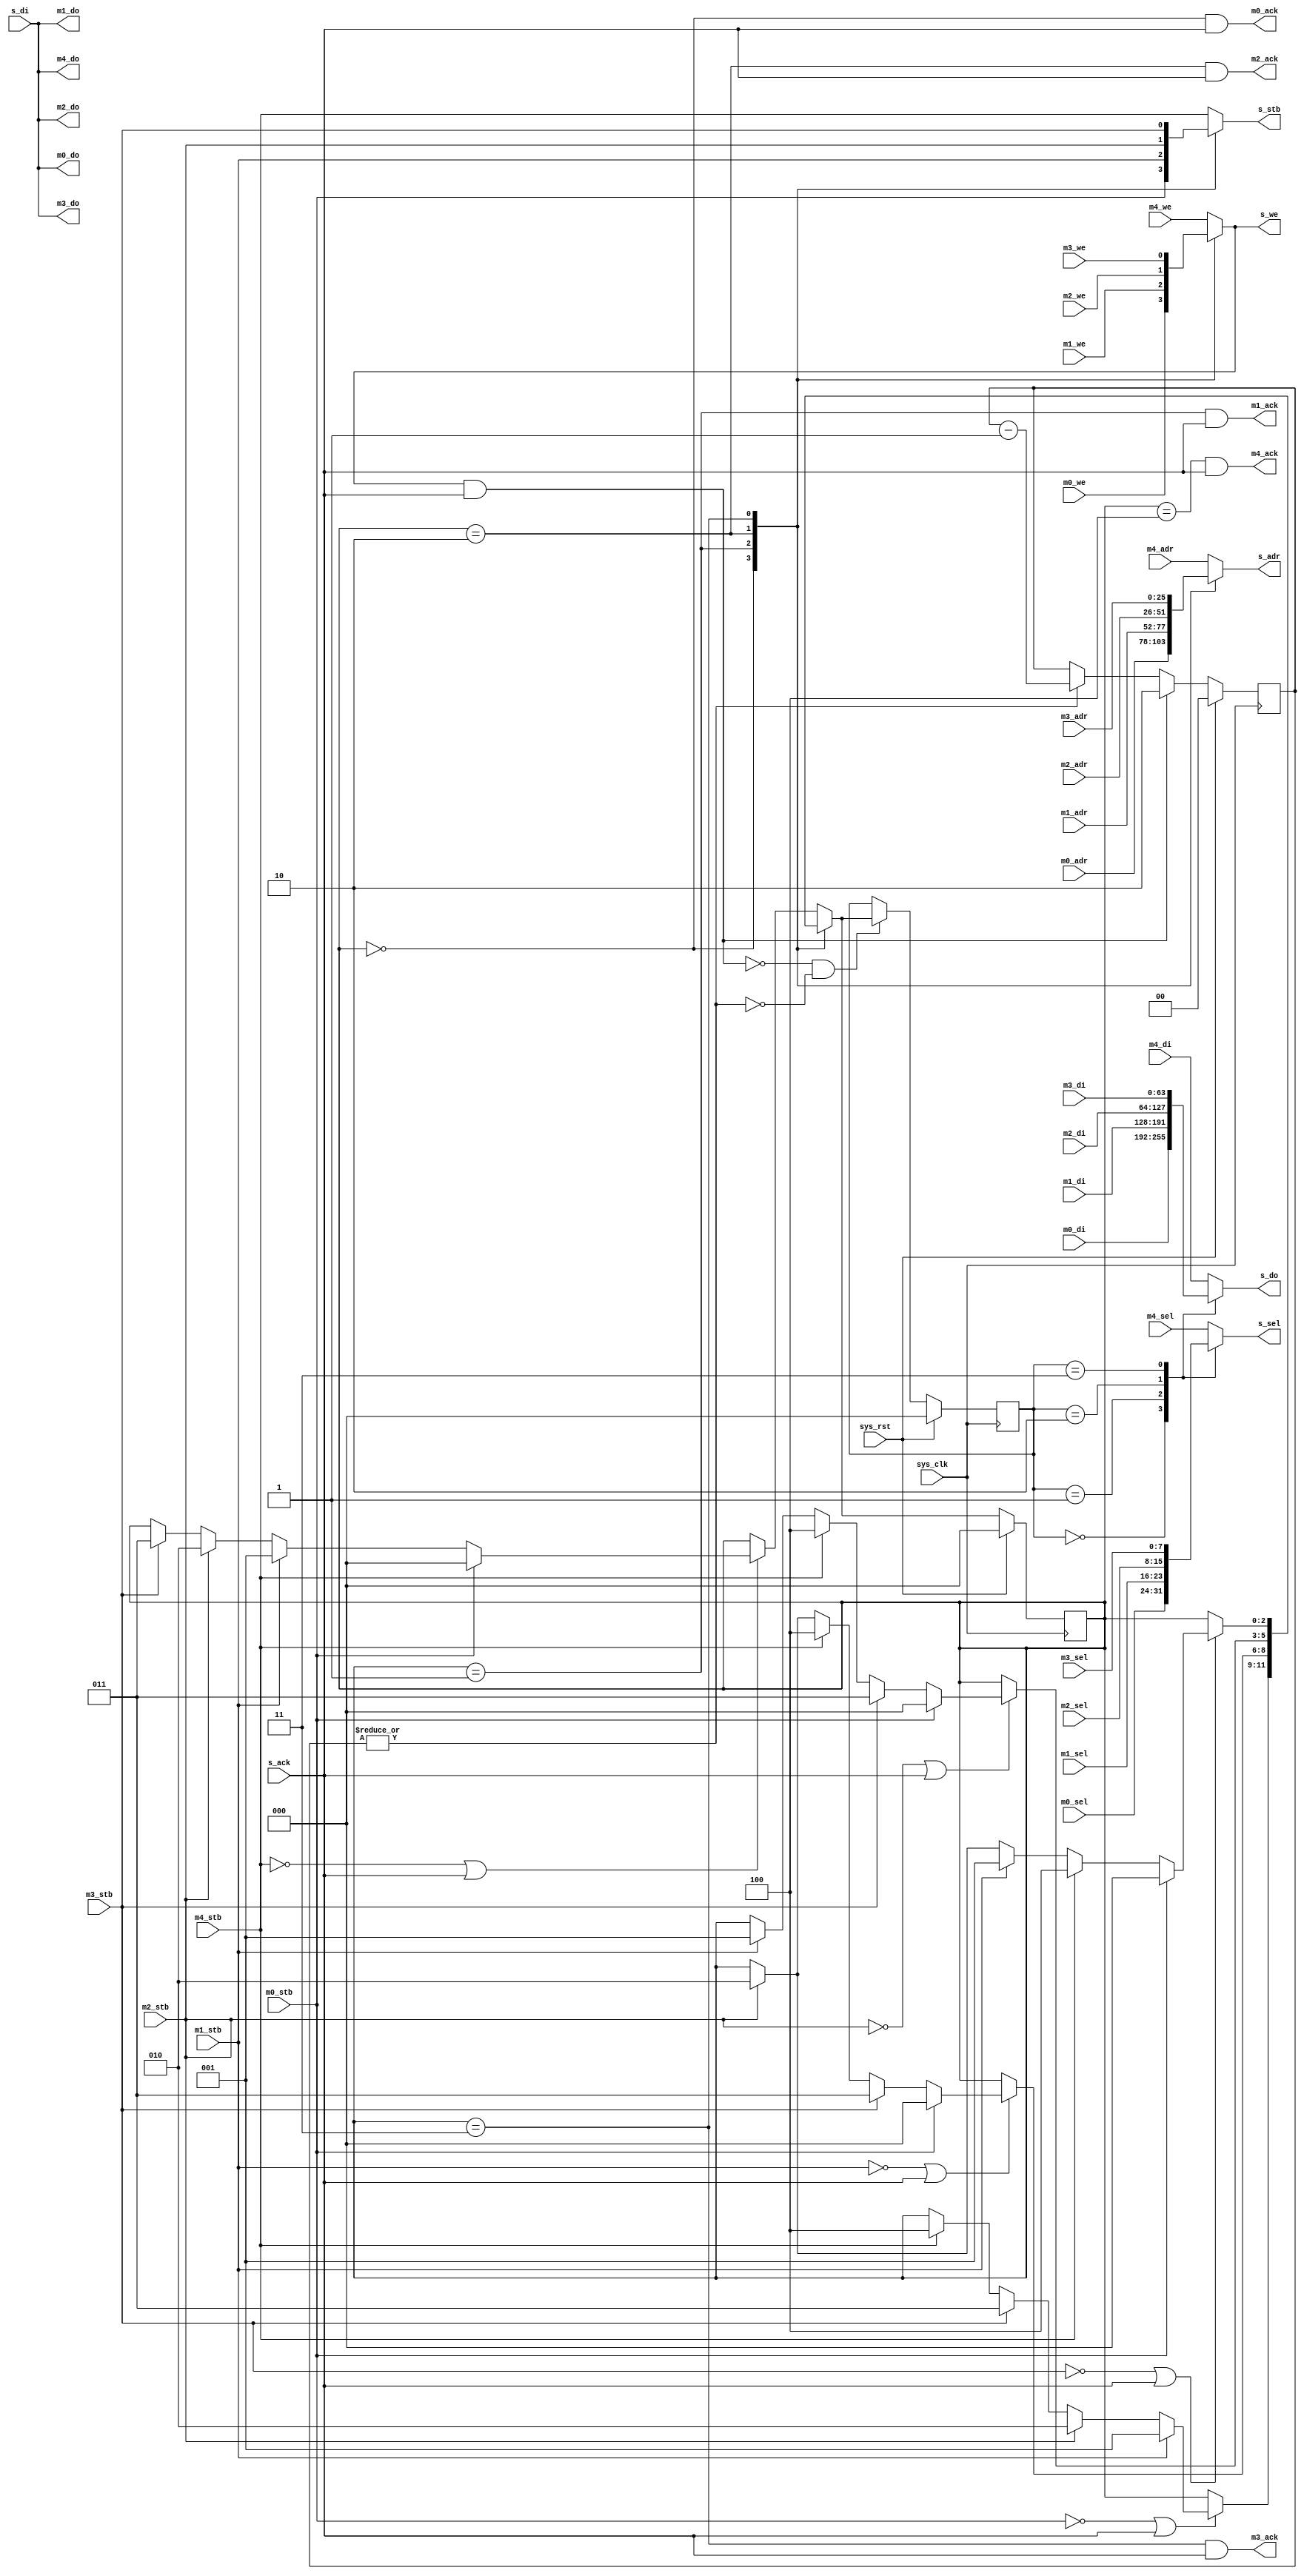
module fmlarb #(
	parameter fml_depth = 26
) (
	input sys_clk,
	input sys_rst,
	
	/* Interface 0 has higher priority than the others */
	input [fml_depth-1:0] m0_adr,
	input m0_stb,
	input m0_we,
	output m0_ack,
	input [7:0] m0_sel,
	input [63:0] m0_di,
	output [63:0] m0_do,
	
	input [fml_depth-1:0] m1_adr,
	input m1_stb,
	input m1_we,
	output m1_ack,
	input [7:0] m1_sel,
	input [63:0] m1_di,
	output [63:0] m1_do,
	
	input [fml_depth-1:0] m2_adr,
	input m2_stb,
	input m2_we,
	output m2_ack,
	input [7:0] m2_sel,
	input [63:0] m2_di,
	output [63:0] m2_do,
	
	input [fml_depth-1:0] m3_adr,
	input m3_stb,
	input m3_we,
	output m3_ack,
	input [7:0] m3_sel,
	input [63:0] m3_di,
	output [63:0] m3_do,

	input [fml_depth-1:0] m4_adr,
	input m4_stb,
	input m4_we,
	output m4_ack,
	input [7:0] m4_sel,
	input [63:0] m4_di,
	output [63:0] m4_do,
	
	output reg [fml_depth-1:0] s_adr,
	output reg s_stb,
	output reg s_we,
	input s_ack,
	output reg [7:0] s_sel,
	input [63:0] s_di,
	output reg [63:0] s_do
);

assign m0_do = s_di;
assign m1_do = s_di;
assign m2_do = s_di;
assign m3_do = s_di;
assign m4_do = s_di;

reg [2:0] master;
reg [2:0] next_master;

always @(posedge sys_clk) begin
	if(sys_rst)
		master <= 3'd0;
	else
		master <= next_master;
end

/* Decide the next master */
always @(*) begin
	/* By default keep our current master */
	next_master = master;
	
	case(master)
		3'd0: if(~m0_stb | s_ack) begin
			if(m1_stb) next_master = 3'd1;
			else if(m2_stb) next_master = 3'd2;
			else if(m3_stb) next_master = 3'd3;
			else if(m4_stb) next_master = 3'd4;
		end
		3'd1: if(~m1_stb | s_ack) begin
			if(m0_stb) next_master = 3'd0;
			else if(m3_stb) next_master = 3'd3;
			else if(m4_stb) next_master = 3'd4;
			else if(m2_stb) next_master = 3'd2;
		end
		3'd2: if(~m2_stb | s_ack) begin
			if(m0_stb) next_master = 3'd0;
			else if(m3_stb) next_master = 3'd3;
			else if(m4_stb) next_master = 3'd4;
			else if(m1_stb) next_master = 3'd1;
		end
		3'd3: if(~m3_stb | s_ack) begin
			if(m0_stb) next_master = 3'd0;
			else if(m4_stb) next_master = 3'd4;
			else if(m1_stb) next_master = 3'd1;
			else if(m2_stb) next_master = 3'd2;
		end
		default: if(~m4_stb | s_ack) begin // 3'd4
			if(m0_stb) next_master = 3'd0;
			else if(m1_stb) next_master = 3'd1;
			else if(m2_stb) next_master = 3'd2;
			else if(m3_stb) next_master = 3'd3;
		end
	endcase
end

/* Generate ack signals */
assign m0_ack = (master == 3'd0) & s_ack;
assign m1_ack = (master == 3'd1) & s_ack;
assign m2_ack = (master == 3'd2) & s_ack;
assign m3_ack = (master == 3'd3) & s_ack;
assign m4_ack = (master == 3'd4) & s_ack;

/* Mux control signals */
always @(*) begin
	case(master)
		3'd0: begin
			s_adr = m0_adr;
			s_stb = m0_stb;
			s_we = m0_we;
		end
		3'd1: begin
			s_adr = m1_adr;
			s_stb = m1_stb;
			s_we = m1_we;
		end
		3'd2: begin
			s_adr = m2_adr;
			s_stb = m2_stb;
			s_we = m2_we;
		end
		3'd3: begin
			s_adr = m3_adr;
			s_stb = m3_stb;
			s_we = m3_we;
		end
		default: begin // 3'd4
			s_adr = m4_adr;
			s_stb = m4_stb;
			s_we = m4_we;
		end
	endcase
end

/* Mux data write signals */

wire write_burst_start = s_we & s_ack;

reg [2:0] wmaster;
reg [1:0] burst_counter;

always @(posedge sys_clk) begin
	if(sys_rst) begin
		wmaster <= 3'd0;
		burst_counter <= 2'd0;
	end else begin
		if(|burst_counter)
			burst_counter <= burst_counter - 2'd1;
		if(write_burst_start)
			burst_counter <= 2'd2;
		if(~write_burst_start & ~(|burst_counter))
			wmaster <= next_master;
	end
end

always @(*) begin
	case(wmaster)
		3'd0: begin
			s_do = m0_di;
			s_sel = m0_sel;
		end
		3'd1: begin
			s_do = m1_di;
			s_sel = m1_sel;
		end
		3'd2: begin
			s_do = m2_di;
			s_sel = m2_sel;
		end
		3'd3: begin
			s_do = m3_di;
			s_sel = m3_sel;
		end
		default: begin // 3'd4
			s_do = m4_di;
			s_sel = m4_sel;
		end
	endcase
end

endmodule